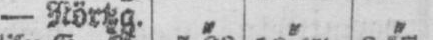
- Nörtzg. „ „ „